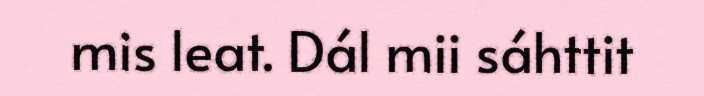
mis leat. Dál mii sáhttit